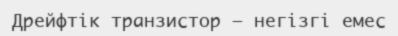
Дрейфтік транзистор — негізгі емес